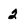
Character: 2